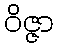
ဝိဇ္ဇာ